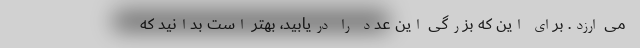
می ارزد. برای این که بزرگی این عدد را دریابید، بهتر است بدانید که